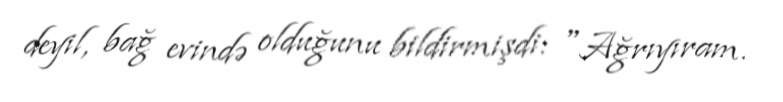
deyil, bağ evində olduğunu bildirmişdi: "Ağrıyıram.